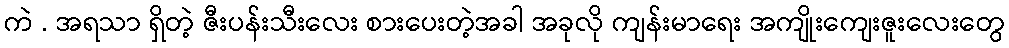
ကဲ . အရသာ ရှိတဲ့ ဇီးပန်းသီးလေး စားပေးတဲ့အခါ အခုလို ကျန်းမာရေး အကျိုးကျေးဇူးလေးတွေ